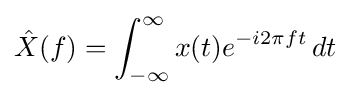
{\hat {X}}(f)=\int _{-\infty }^{\infty }x(t)e^{-i2\pi ft}\,dt